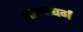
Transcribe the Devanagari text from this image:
आगस्बर्ग